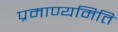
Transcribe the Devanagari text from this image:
प्रमाण्यमिति